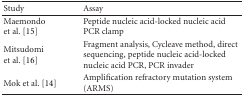
<table><thead><tr><td><b>Study</b></td><td><b>Assay</b></td></tr></thead><tbody><tr><td>Maemondo et al. [15]</td><td>Peptide nucleic acid-locked nucleic acid PCR clamp</td></tr><tr><td>Mitsudomi et al. [16]</td><td>Fragment analysis, Cycleave method, direct sequencing, peptide nucleic acid-locked nucleic acid PCR, PCR invader</td></tr><tr><td>Mok et al. [14]</td><td>Amplification refractory mutation system (ARMS)</td></tr></tbody></table>